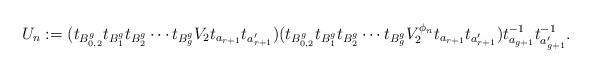
LaTeX: \begin{align*}U_n := (t_{B_{0,2}^g} t_{B_1^g} t_{B_2^g} \cdots t_{B_g^g} V_2 t_{a_{r+1}} t_{a_{r+1}^\prime}) (t_{B_{0,2}^g} t_{B_1^g} t_{B_2^g} \cdots t_{B_g^g} V_2^{\phi_n} t_{a_{r+1}} t_{a_{r+1}^\prime}) t_{a_{g+1}}^{-1} t_{a_{g+1}^\prime}^{-1}. \end{align*}